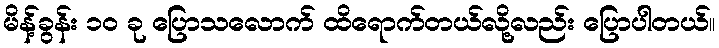
မိန့်ခွန်း ၁၀ ခု ပြောသလောက် ထိရောက်တယ်လို့လည်း ပြောပါတယ်။